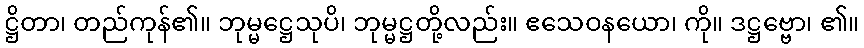
ဋ္ဌိတာ၊ တည်ကုန်၏။ ဘုမ္မဋ္ဌေသုပိ၊ ဘုမ္မဋ္ဌတို့လည်း။ ဧသေဝနယော၊ ကို။ ဒဋ္ဌဗ္ဗော၊ ၏။